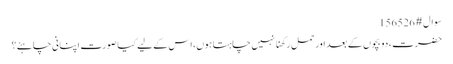
سوال # 156526
حضرت، دو بچوں کے بعد اور حمل رکھنا نہیں چاہتا ہوں، اس کے لیے کیا صورت اپنانی چاہئے؟